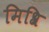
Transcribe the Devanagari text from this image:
मिश्रि